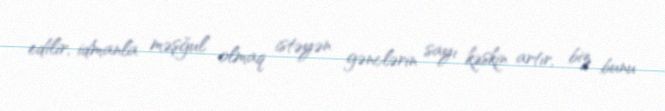
edilir, idmanla məşğul olmaq istəyən gənclərin sayı kəskin artır, biz bunu